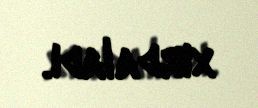
xırdaladı.